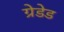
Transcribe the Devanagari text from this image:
ग्रेडेड